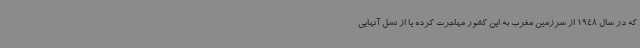
که در سال 1948 از سرزمین مغرب به این کشور مهاجرت کرده یا از نسل آنهایی